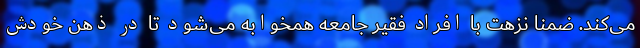
می‌كند. ضمناً نزهت با افراد فقیر جامعه همخوابه می‌شود تا در ذهن خودش